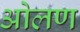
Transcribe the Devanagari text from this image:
ओलण